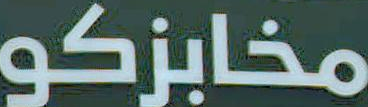
مخابزكو